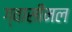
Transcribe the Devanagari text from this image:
ग्वासीमल